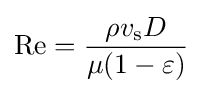
\mathrm {Re} ={\frac {\rho v_{\text{s}}D}{\mu (1-\varepsilon )}}